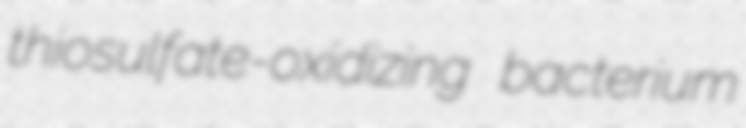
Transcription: thiosulfate-oxidizing bacterium